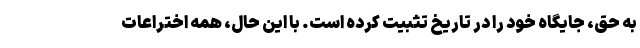
به حق، جایگاه خود را در تاریخ تثبیت کرده است. با این حال، همه اختراعات